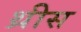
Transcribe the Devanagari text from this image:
थ्रीस